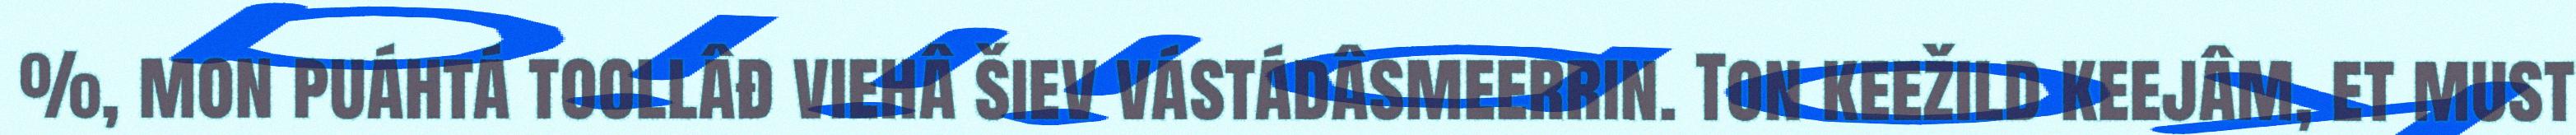
%, mon puáhtá toollâđ viehâ šiev vástádâsmeerrin. Ton keežild keejâm, et must